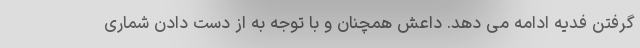
گرفتن فدیه ادامه می دهد. داعش همچنان و با توجه به از دست دادن شماری